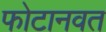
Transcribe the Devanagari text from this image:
फोटानवत